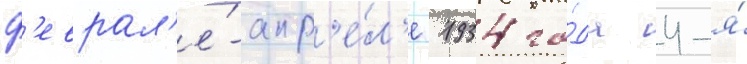
ф'еврал'е́-апр'е́л'е 1934 го́да 4-я́